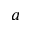
a